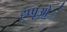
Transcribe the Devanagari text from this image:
ह्प्पूओ॒॒॒॑